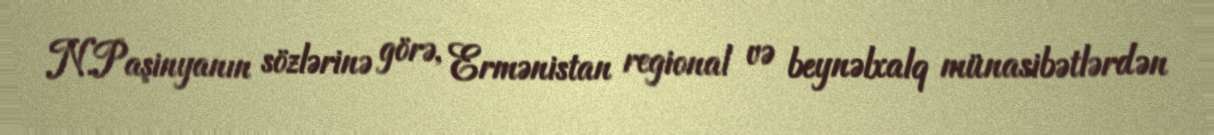
N.Paşinyanın sözlərinə görə, Ermənistan regional və beynəlxalq münasibətlərdən